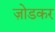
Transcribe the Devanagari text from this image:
ज़ोडकर